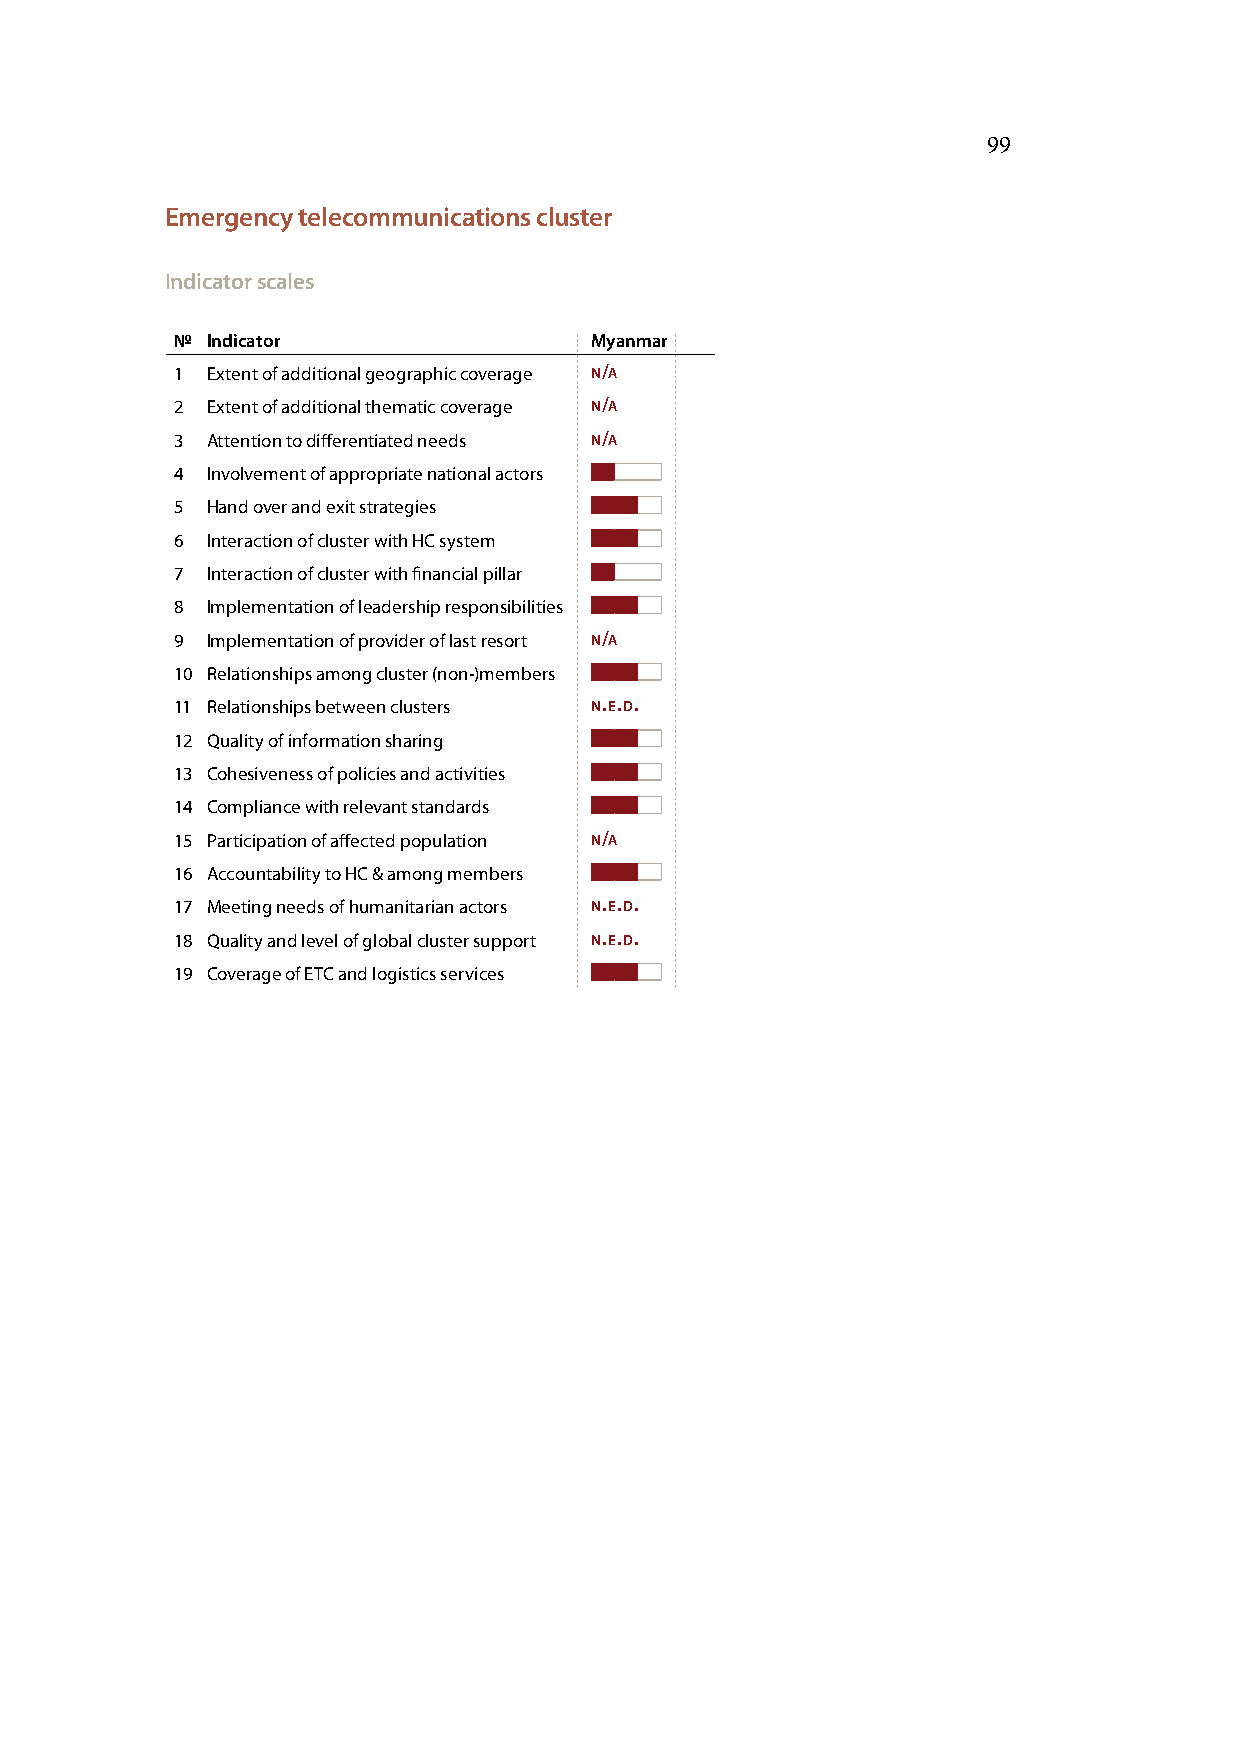
99
 Emergency telecommunications cluster
 Indicator scales
 № Indicator                Myanmar
 1 Extent of additional geographic coverage n/a
 2 Extent of additional thematic coverage n/a
 3 Attention to differentiated needs n/a
 4 Involvement of appropriate national actors
 5 Hand over and exit strategies
 6 Interaction of cluster with HC system
 7 Interaction of cluster with financial pillar
 8 Implementation of leadership responsibilities
 9 Implementation of provider of last resort n/a
 10 Relationships among cluster (non-)members
 11 Relationships between clusters n.e.d.
 12 Quality of information sharing
 13 Cohesiveness of policies and activities
 14 Compliance with relevant standards
 15 Participation of affected population n/a
 16 Accountability to HC & among members
 17 Meeting needs of humanitarian actors n.e.d.
 18 Quality and level of global cluster support n.e.d.
 19 Coverage of ETC and logistics services n.e.d.